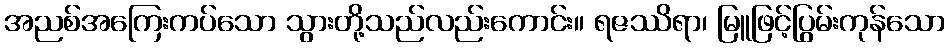
အညစ်အကြေးကပ်သော သွားတို့သည်လည်းကောင်း။ ရဇဿိရာ၊ မြူဖြင့်ပြွမ်းကုန်သော